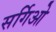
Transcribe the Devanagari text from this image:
सर्गिओ